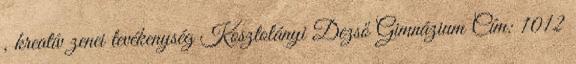
, kreatív zenei tevékenység Kosztolányi Dezső Gimnázium Cím: 1012